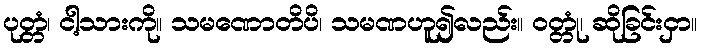
ပုတ္တံ၊ ငါ့သားကို။ သမဏောတိပိ၊ သမဏဟူ၍လည်း။ ဝတ္တုံ၊ ဆိုခြင်းငှာ။